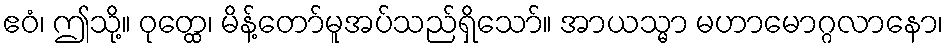
ဧဝံ၊ ဤသို့။ ဝုတ္ထေ၊ မိန့်တော်မူအပ်သည်ရှိသော်။ အာယသ္မာ မဟာမောဂ္ဂလာနော၊